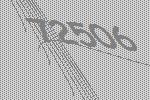
72506